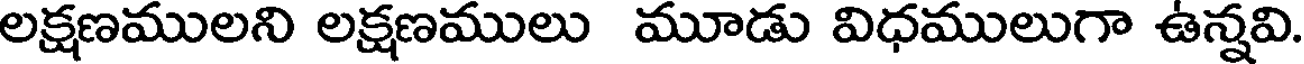
లక్షణములని లక్షణములు మూడు విధములుగా ఉన్నవి.